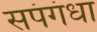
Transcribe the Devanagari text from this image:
सपंगंधा